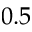
0 . 5